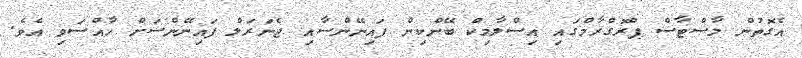
އެގޮތުން މާސްޓާސް ޕްރޮގްރާމްގައި އިސްލާމިކް ބޭންކިން ފައިނޭންސާއި ޖެނަރަލް ފައިނޭންސަށް ހާއްސަވި އެވެ.